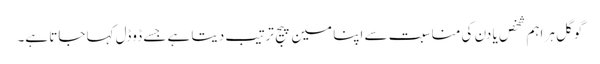
گوگل ہر اہم شخص یا دن کی مناسبت سے اپنا مین پیج ترتیب دیتا ہے جسے ڈوڈل کہا جاتا ہے۔